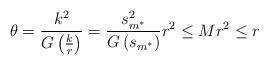
LaTeX: \begin{align*} \theta=\frac{k^2}{G\left(\frac{k}{r}\right)}=\frac{s_{m^*}^2}{G\left(s_{m^*}\right)}r^2\leq Mr^2 \leq r\end{align*}